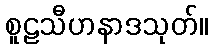
စူဠသီဟနာဒသုတ်။